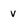
Character: V